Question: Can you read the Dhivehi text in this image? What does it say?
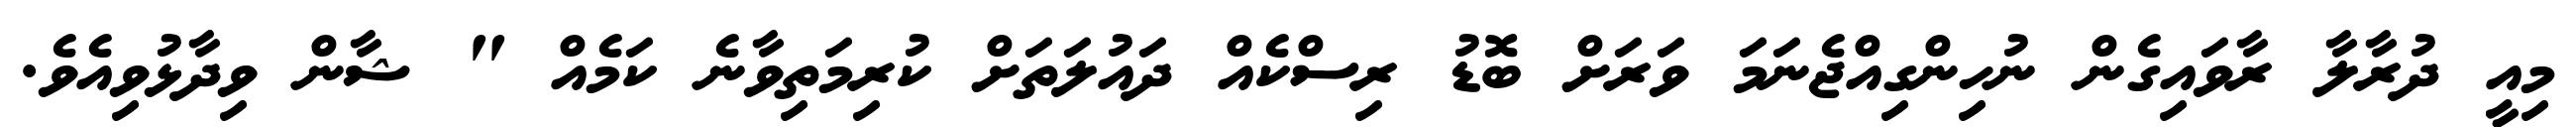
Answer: މިއީ ދުރާލާ ރާވައިގެން ނުހިންގިއްޖެނަމަ ވަރަށް ބޮޑު ރިސްކެއް ދައުލަތަށް ކުރިމަތިވާނެ ކަމެއް " ޝާން ވިދާޅުވިއެވެ.